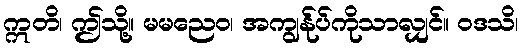
ဣတိ၊ ဤသို့။ မမညေဝ၊ အကျွန်ုပ်ကိုသာလျှင်။ ဝဒသိ၊